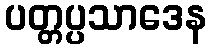
ပတ္တပ္ပသာဒေန